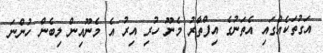
އަގުތަކެއްގައި އެތަނުގެ އިފްތާރު މެނޫ ހުރި އިރު އެ މެނޫއިން ލިބެން ހުންނަ